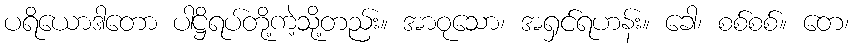
ပရိယောဒါတော ပါဋ္ဌိရပ်တို့ကဲ့သို့တည်း။ အာဝုသော၊ အရှင်ရဟန်း။ ခေါ၊ စစ်စစ်။ တေ၊